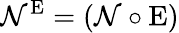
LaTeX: \mathcal{N}^{\mathrm{E}}=(\mathcal{N}\circ\mathrm{E})